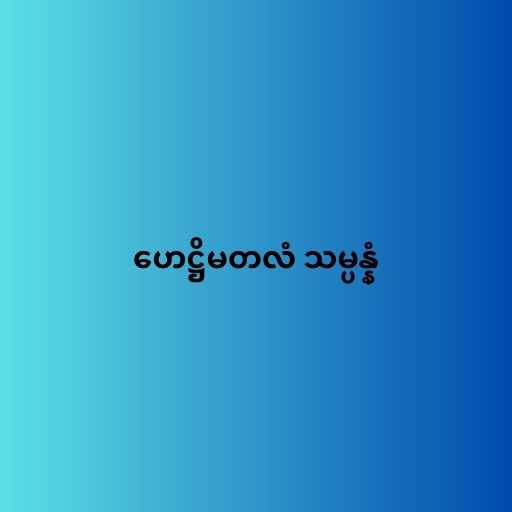
ဟေဋ္ဌိမတလံ သမ္ပန္နံ